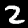
Digit: 2